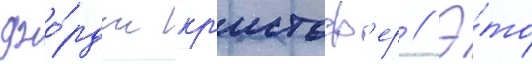
джо́рдж кр'истоф'ер // Э́то